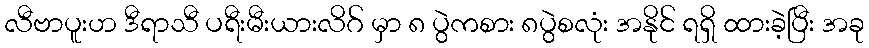
လီဗာပူးဟ ဒီရာသီ ပရီးမီးယားလိဂ် မှာ ၈ ပွဲကစား ၈ပွဲစလုံး အနိုင် ရရှိ ထားခဲ့ပြီး အခု